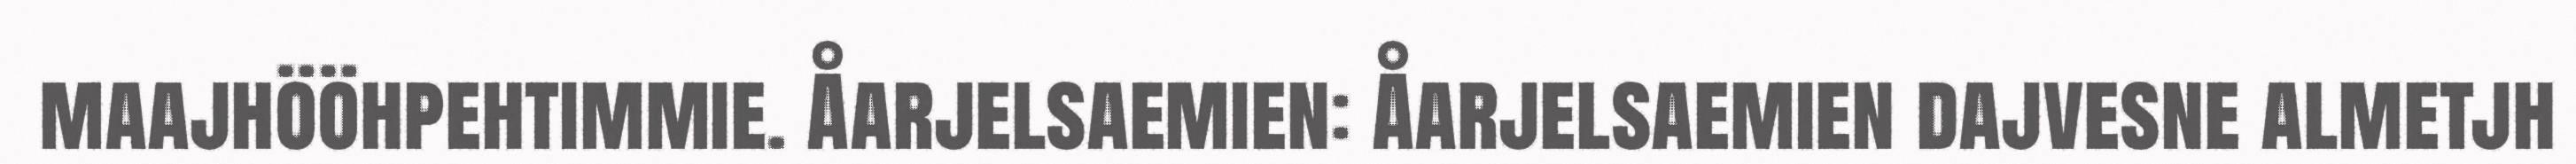
maajhööhpehtimmie. Åarjelsaemien: Åarjelsaemien dajvesne almetjh